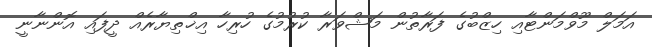
އަމަލް މޫވްމަންޓާއި ހިޒްބުގެ ފަރާތުން މަޝްވަރާ ކުރުމުގެ ހުރިހާ އިޚްތިޔާރެއް ދީފައި އޮންނާނީ